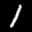
Label: 1